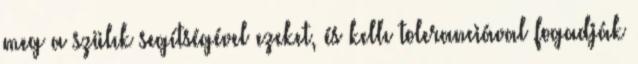
meg a szülık segítségével ezeket, és kellı toleranciával fogadják